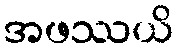
အဖဿယိ